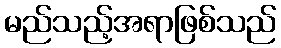
မည်သည့်အရာဖြစ်သည်